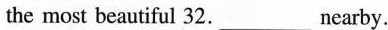
the most beautiful 32.___ Nearby.